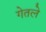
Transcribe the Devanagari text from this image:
गेतले